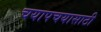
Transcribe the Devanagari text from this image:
चयापचयासाठी